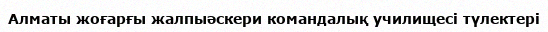
Алматы жоғарғы жалпыәскери командалық училищесі түлектері